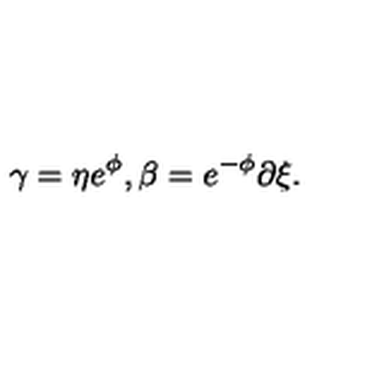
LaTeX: \gamma = \eta e ^ { \phi } , \beta = e ^ { - \phi } \partial \xi .